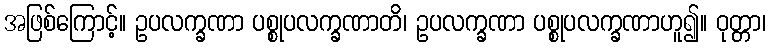
အဖြစ်ကြောင့်။ ဥပလက္ခဏာ ပစ္စုပလက္ခဏာတိ၊ ဥပလက္ခဏာ ပစ္စုပလက္ခဏာဟူ၍။ ဝုတ္တာ၊